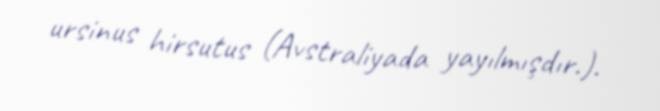
ursinus hirsutus (Avstraliyada yayılmışdır.).